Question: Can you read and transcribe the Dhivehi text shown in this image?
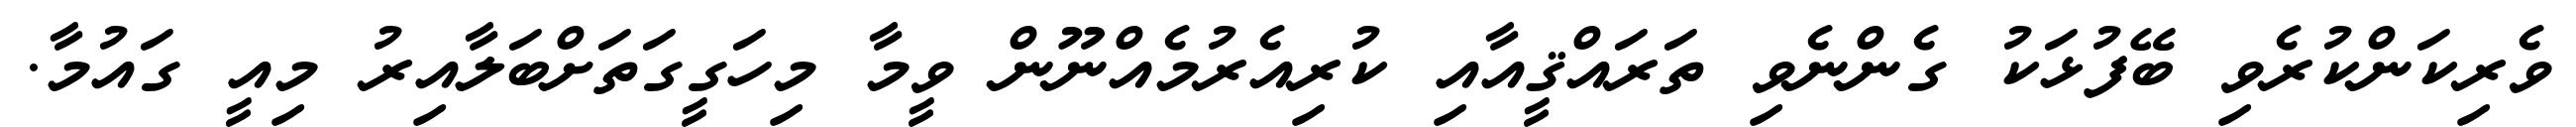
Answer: ވެރިކަންކުރެވި ބޭފުޅަކު ގެންނެވި ތަރައްޤީއާއި ކުރިއެރުމެއްނޫން ވީމާ މިހަގީގަތަށްބަލާއިރު މިއީ ގައުމާ.